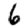
Digit: 6